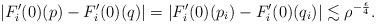
LaTeX: \begin{align*} |F_i'(0)(p)-F_i'(0)(q)| = |F_i'(0)(p_i)-F_i'(0)(q_i)| \lesssim \rho^{-\frac{\epsilon}{4}}.\end{align*}